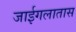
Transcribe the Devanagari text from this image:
जाईगलातास